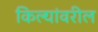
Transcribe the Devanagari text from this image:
किल्यांवरील